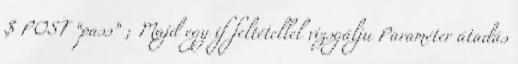
$ POST “pass” ; Majd egy if feltétellel vizsgálju Paraméter átadás